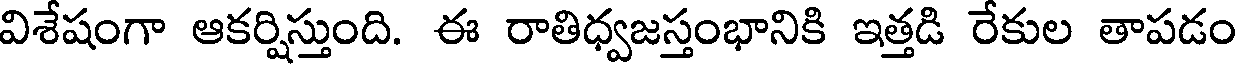
విశేషంగా ఆకర్షిస్తుంది. ఈ రాతిధ్వజస్తంభానికి ఇత్తడి రేకుల తాపడం